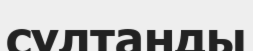
сұлтанды